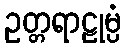
ဥတ္တရာဠုမ္ပံ